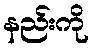
နည်းကို